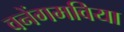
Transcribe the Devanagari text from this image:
वनेंगमविया